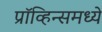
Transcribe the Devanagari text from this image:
प्रॉव्हिन्समध्ये